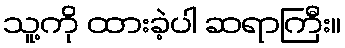
သူ့ကို ထားခဲ့ပါ ဆရာကြီး။